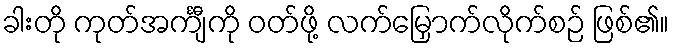
ခါးတို ကုတ်အင်္ကျီကို ဝတ်ဖို့ လက်မြှောက်လိုက်စဉ် ဖြစ်၏။